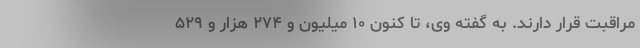
مراقبت قرار دارند. به گفته وی، تا کنون ۱۰ میلیون و ۲۷۴ هزار و ۵۲۹